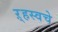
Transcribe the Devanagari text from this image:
ऱ्हस्वचे